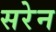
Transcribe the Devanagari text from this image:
सरेन